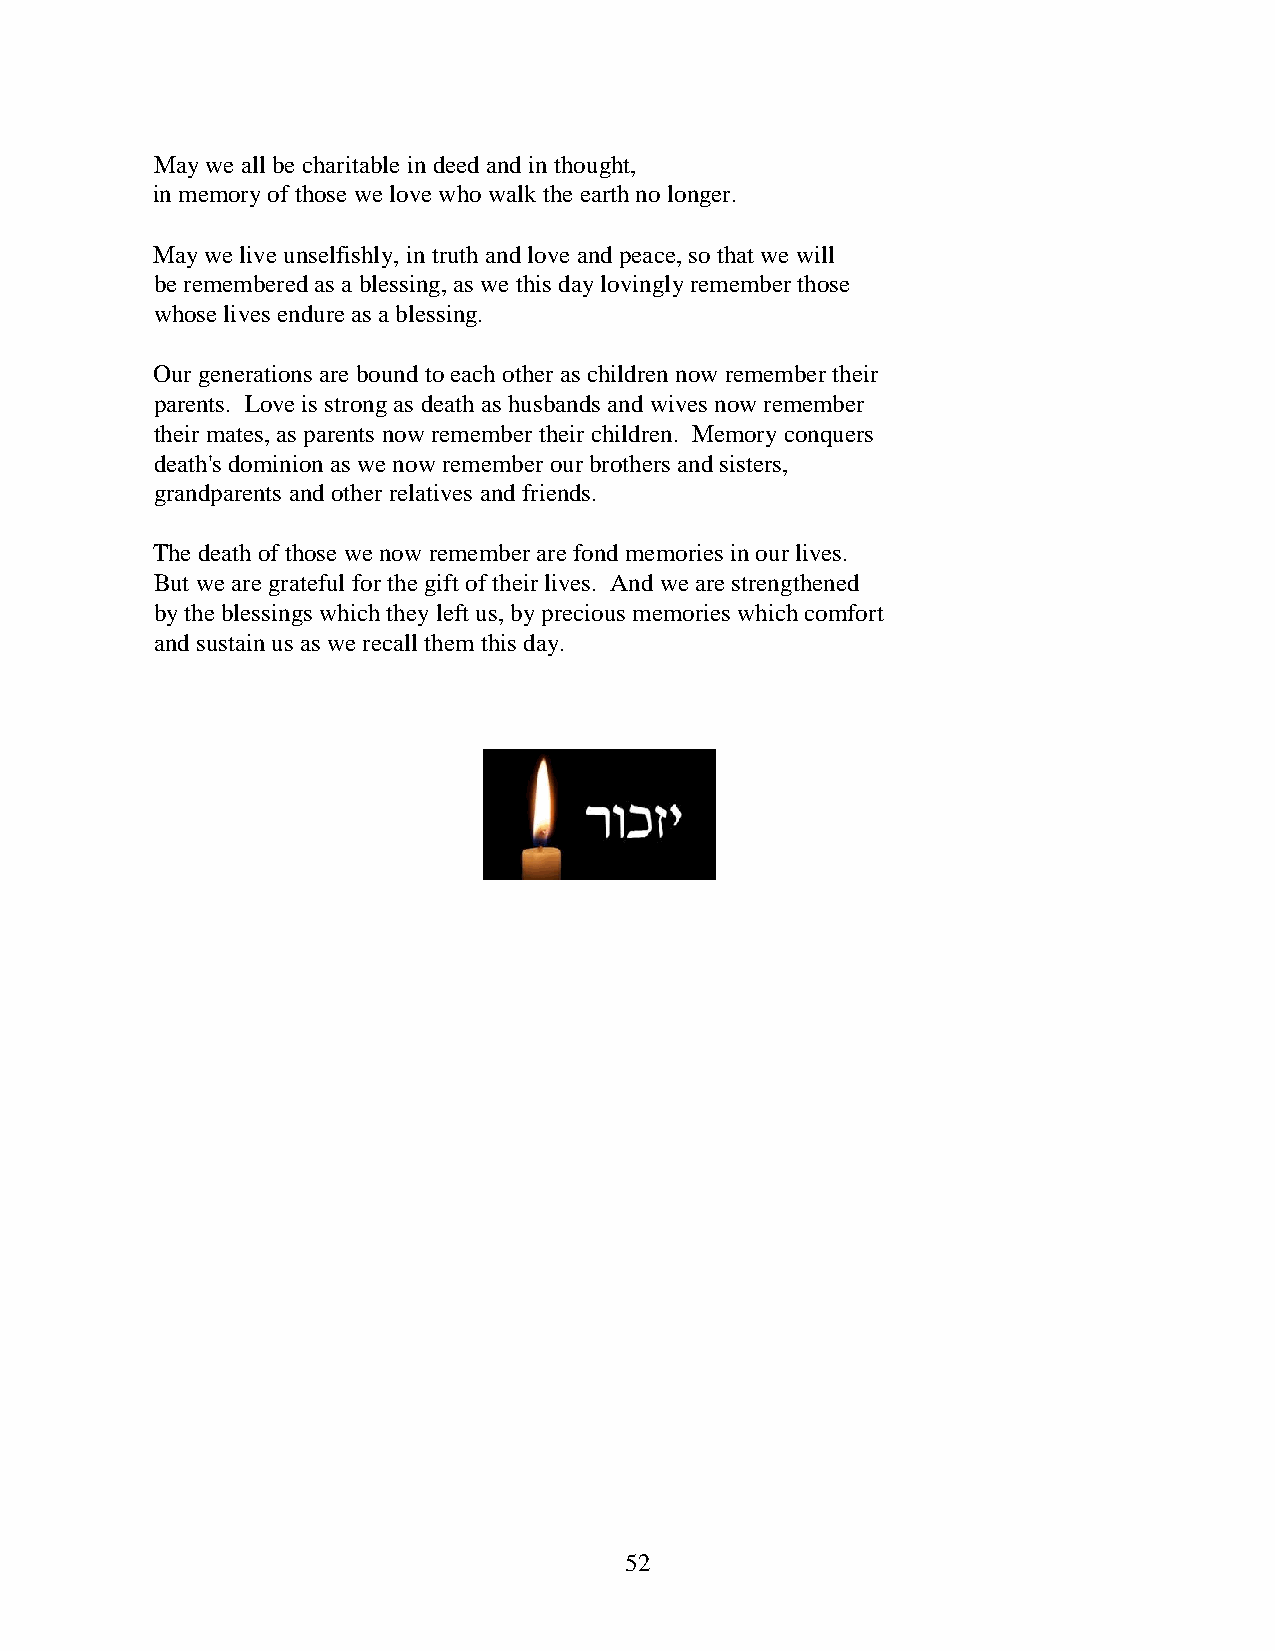
May we all be charitable in deed and in thought,
 in memory of those we love who walk the earth no longer.
 May we live unselfishly, in truth and love and peace, so that we will
 be remembered as a blessing, as we this day lovingly remember those
 whose lives endure as a blessing.
 Our generations are bound to each other as children now remember their
 parents. Love is strong as death as husbands and wives now remember
 their mates, as parents now remember their children. Memory conquers
 death's dominion as we now remember our brothers and sisters,
 grandparents and other relatives and friends.
 The death of those we now remember are fond memories in our lives.
 But we are grateful for the gift of their lives. And we are strengthened
 by the blessings which they left us, by precious memories which comfort
 and sustain us as we recall them this day.
 52